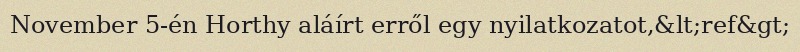
November 5-én Horthy aláírt erről egy nyilatkozatot,&lt;ref&gt;